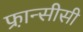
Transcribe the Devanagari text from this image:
फ्रा़न्सीसी